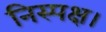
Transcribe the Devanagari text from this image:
निस्पक्ष।